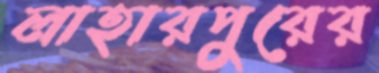
লাহারপুরের